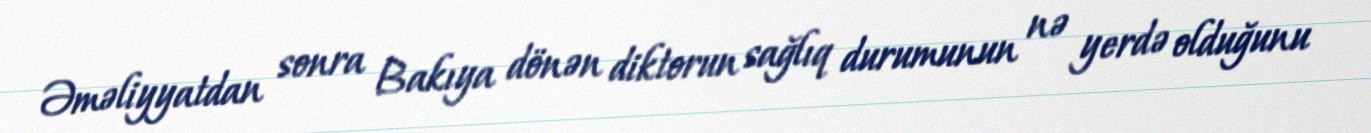
Əməliyyatdan sonra Bakıya dönən diktorun sağlıq durumunun nə yerdə olduğunu